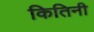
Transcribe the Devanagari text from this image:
कितिनी